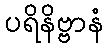
ပရိနိဗ္ဗာနံ